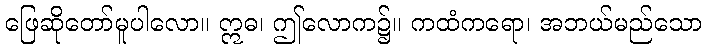
ဖြေဆိုတော်မူပါလော။ ဣဓ၊ ဤလောက၌။ ကထံကရော၊ အဘယ်မည်သော